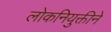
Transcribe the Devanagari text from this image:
लोकनियुक्तीने